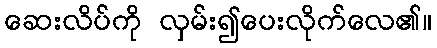
ဆေးလိပ်ကို လှမ်း၍ပေးလိုက်လေ၏။